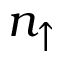
n _ { \uparrow }